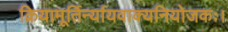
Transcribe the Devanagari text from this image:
क्रियामूर्तिर्न्यायवाक्यनियोजकः।